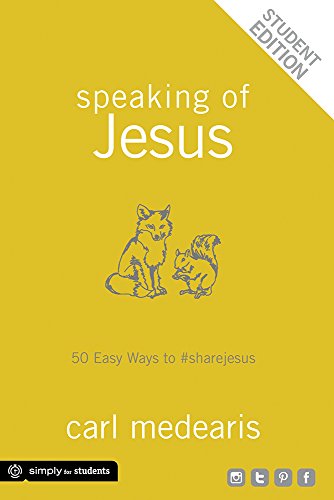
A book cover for Speaking of Jesus Student Edition: 50 Easy Ways to #sharejesus; Carl Medearis; Christian Books & Bibles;